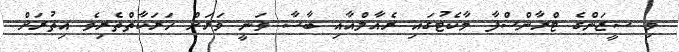
މި ސީޒަންގެ ޓްރާންސްފާ މާކެޓުގައި ރެއާލްއާއި ބާސާ ވަނީ ވަރަށް ހަރަކާތްތެރިވެ އިތުރަށް